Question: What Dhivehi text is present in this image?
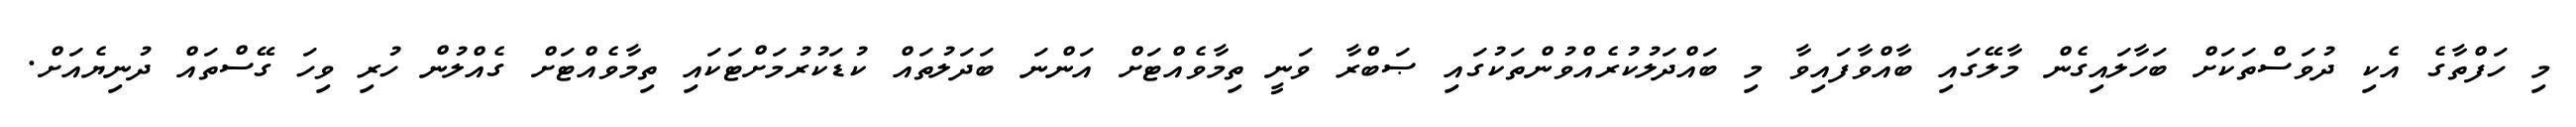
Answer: މި ހަފްތާގެ އެކި ދުވަސްތަކަށް ބަހާލައިގެން މާލޭގައި ބާއްވާފައިވާ މި ބައްދަލުކުރެއްވުންތަކުގައި ޞަބްރާ ވަނީ ތިމާވެއްޓަށް އަންނަ ބަދަލުތައް ކުޑަކުރުމަށްޓަކައި ތިމާވެއްޓަށް ގެއްލުން ހުރި ވިހަ ގޭސްތައް ދުނިޔެއަށް.